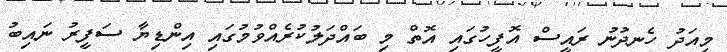
މިއަދު ހެނދުނު ރައީސް އޮފީހުގައި އޮތް މި ބައްދަލުކުރެއްވުމުގައި އިންޑިޔާ ސަފީރު ނައިބު